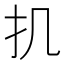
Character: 𢩫